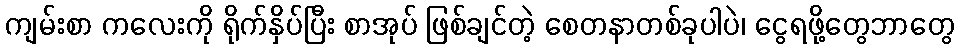
ကျမ်းစာ ကလေးကို ရိုက်နှိပ်ပြီး စာအုပ် ဖြစ်ချင်တဲ့ စေတနာတစ်ခုပါပဲ၊ ငွေရဖို့တွေဘာတွေ